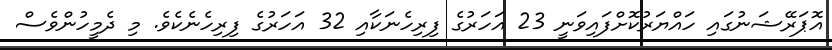
އޮޕަރޭޝަނުގައި ހައްޔަރުކޮށްފައިވަނީ 23 އަހަރުގެ ފިރިހެނަކާއި 32 އަހަރުގެ ފިރިހެނެކެވެ. މި ދެމީހުންވެސް